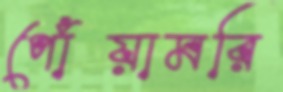
পোঁয়ামরি